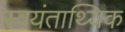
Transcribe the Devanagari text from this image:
स्वयंताथ्यिक